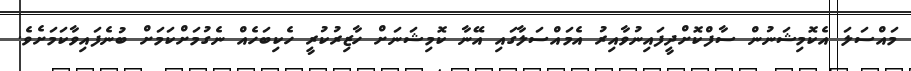
މައްސަލަ އެކޮމިޝަނުން ސާފްކޮށްދީފައިނުވާއިރު އެމައްސަލާގައި އޭނާ ކޮމިޝަނަށް ހާޒިރުކުރީ ހެކިބަހެއް ނެގުމަށްކަމަށް ބުނެފައިވާކަމަށެވެ.